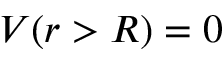
V ( r > R ) = 0